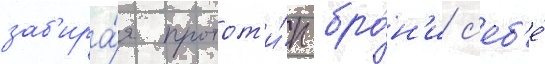
заб'ира́я протот'и́п бро́н'и с'еб'е́